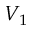
V _ { 1 }